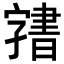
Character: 𭓙